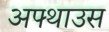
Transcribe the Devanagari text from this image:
अफ्थाउस